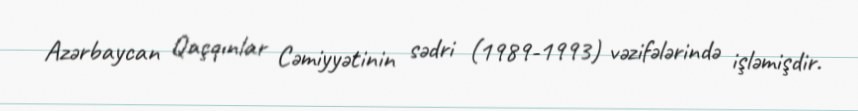
Azərbaycan Qaçqınlar Cəmiyyətinin sədri (1989-1993) vəzifələrində işləmişdir.